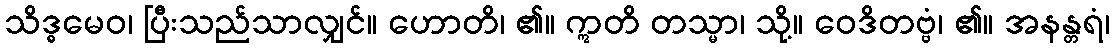
သိဒ္ဓမေဝ၊ ပြီးသည်သာလျှင်။ ဟောတိ၊ ၏။ ဣတိ တသ္မာ၊ သို့။ ဝေဒိတဗ္ဗံ၊ ၏။ အနန္တရံ၊